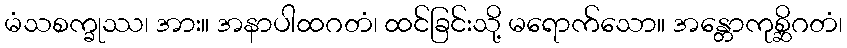
မံသစက္ခုဿ၊ အား။ အနာပါထဂတံ၊ ထင်ခြင်းသို့ မရောက်သော။ အန္တောကုစ္ဆိဂတံ၊